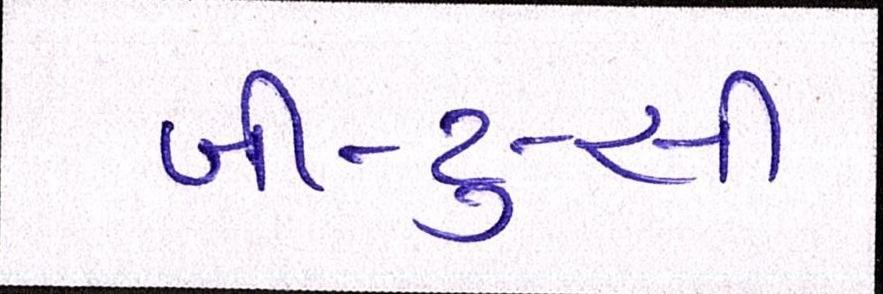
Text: બી-ટુ-સી